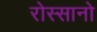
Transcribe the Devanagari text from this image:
रोस्सानो